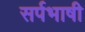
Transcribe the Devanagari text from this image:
सर्पभाषी